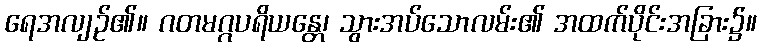
ရေအလျဉ်၏။ ဂတမဂ္ဂပရိယန္တေ၊ သွားအပ်သောလမ်း၏ အထက်ပိုင်းအခြား၌။